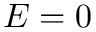
E = 0